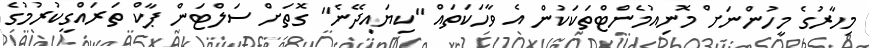
މިހާރުގެ މީހުންނަށް މޮނިއުމެންޓްތަކަކުން އެ ވާހަކަތައް "ކިޔައިދޭނެ" ގޮތަށް ސަލްޓަން ޕާކް ތަރައްގީކުރުމުގެ